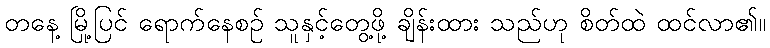
တနေ့ မြို့ပြင် ရောက်နေစဉ် သူနှင့်တွေ့ဖို့ ချိန်းထား သည်ဟု စိတ်ထဲ ထင်လာ၏။